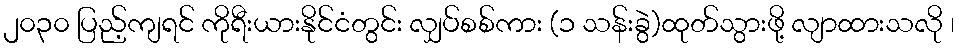
၂၀၃၀ ပြည့်ကျရင် ကိုရီးယားနိုင်ငံတွင်း လျှပ်စစ်ကား (၁ သန်းခွဲ)ထုတ်သွားဖို့ လျာထားသလို ၊